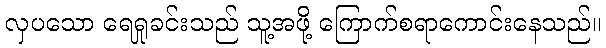
လှပသော ရေရှုခင်းသည် သူ့အဖို့ ကြောက်စရာကောင်းနေသည်။